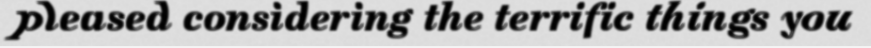
pleased considering the terrific things you